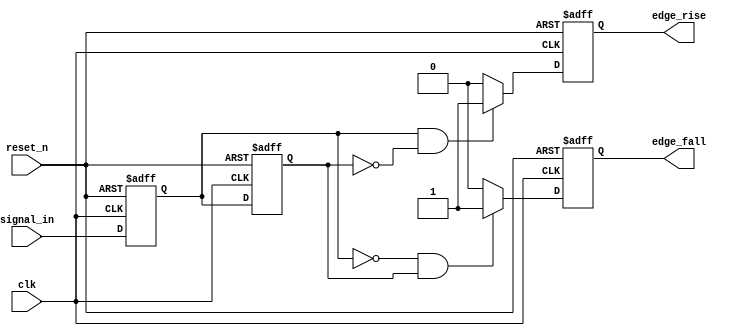
module glitch_free_edge_detector (
    input wire clk,            // Clock signal
    input wire reset_n,        // Active-low reset signal
    input wire signal_in,      // Input signal to detect edges
    output reg edge_rise,      // Output for rising edge detection
    output reg edge_fall       // Output for falling edge detection
);

    reg current_state;         // Holds the current state of the input signal
    reg previous_state;        // Holds the previous state of the input signal

    // Asynchronous reset and state update on clock edge
    always @(posedge clk or negedge reset_n) begin
        if (!reset_n) begin
            current_state <= 1'b0;  // Reset current state to 0
            previous_state <= 1'b0; // Reset previous state to 0
            edge_rise <= 1'b0;       // Reset rising edge output
            edge_fall <= 1'b0;       // Reset falling edge output
        end else begin
            // Update previous state to current before updating current state
            previous_state <= current_state;
            current_state <= signal_in;

            // Edge detection logic
            edge_rise <= (current_state == 1'b1 && previous_state == 1'b0) ? 1'b1 : 1'b0;
            edge_fall <= (current_state == 1'b0 && previous_state == 1'b1) ? 1'b1 : 1'b0;
        end
    end

endmodule